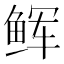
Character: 𩽼